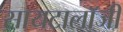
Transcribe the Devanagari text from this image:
सायटालॉजी